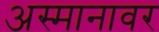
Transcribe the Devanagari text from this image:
अस्मानावर